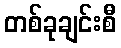
တစ်ခုချင်းစီ